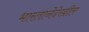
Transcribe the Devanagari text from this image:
भारतानेदेखील